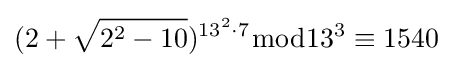
(2+{\sqrt {2^{2}-10}})^{13^{2}\cdot 7}{\bmod {13^{3}}}\equiv 1540